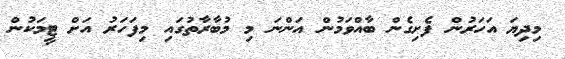
މިދިޔަ އަހަރުން ފެށިގެން ބާއްވަމުން އަންނަ މި މުބާރާތުގައި މިފަހަރު އަށް ޓީމަކުން